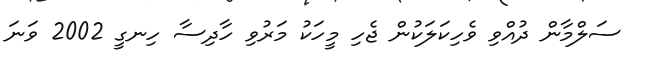
ސަލްމާން ދުއްވި ވެހިކަލަކުން ޖެހި މީހަކު މަރުވި ހާދިސާ ހިނގީ 2002 ވަނަ